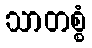
သာတစ္စံ